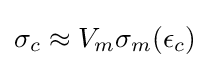
\sigma _{c}\approx V_{m}\sigma _{m}(\epsilon _{c})